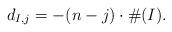
LaTeX: \begin{align*}d_{I,j} = -(n-j)\cdot \#(I).\end{align*}